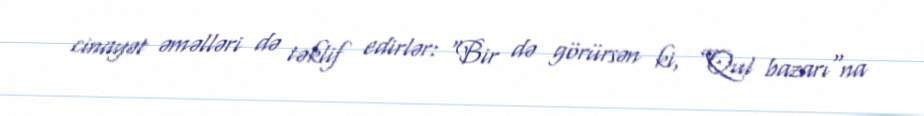
cinayət əməlləri də təklif edirlər: “Bir də görürsən ki, ”Qul bazarı"na